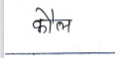
मजकूर: कौल